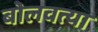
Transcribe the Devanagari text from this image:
बोलवत्या